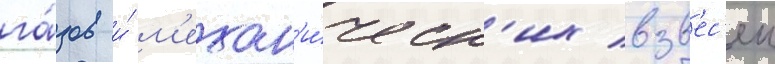
га́зов и́ м'ехан'и́ческ'их взв'ес'еи